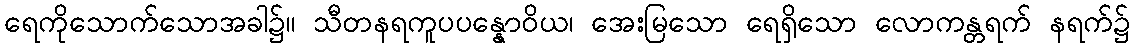
ရေကိုသောက်သောအခါ၌။ သီတနရကူပပန္နောဝိယ၊ အေးမြသော ရေရှိသော လောကန္တရက် နရက်၌